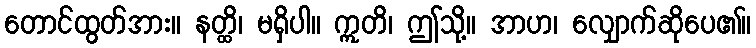
တောင်ထွတ်အား။ နတ္ထိ၊ မရှိပါ။ ဣတိ၊ ဤသို့။ အာဟ၊ လျှောက်ဆိုပေ၏။